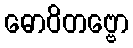
ဓောဝိတဗ္ဗော